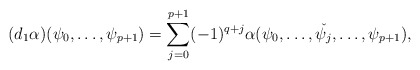
\begin{align*}(d_1\alpha)(\psi_0,\dots,\psi_{p+1})=\sum_{j=0}^{p+1}(-1)^{q+j}\alpha(\psi_0,\dots,\check{\psi_{j}} , \dots,\psi_{p+1}),\end{align*}